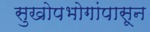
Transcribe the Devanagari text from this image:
सुखोपभोगांपासून